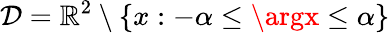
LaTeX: \mathcal{D}=\mathbb{{R}}^{2}\setminus\left\{ x:-\alpha\leq\argx\leq\alpha\right\}